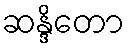
ဆန္ဒိတော